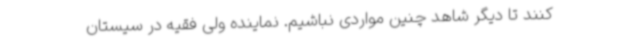
کنند تا دیگر شاهد چنین مواردی نباشیم. نماینده ولی فقیه در سیستان‌